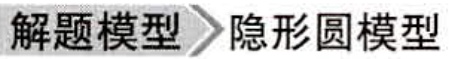
解题模型 \(\rhd\) 隐形圆模型